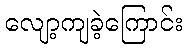
လျော့ကျခဲ့ကြောင်း